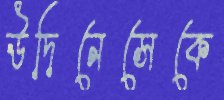
উদিনেসেকে